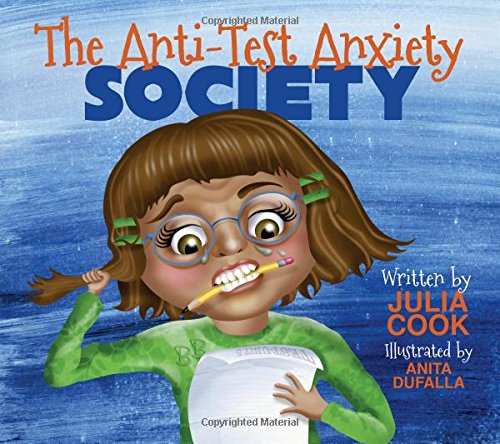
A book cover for The Anti-Test Anxiety Society; Julia Cook; Education & Teaching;